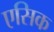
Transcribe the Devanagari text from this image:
एसिक